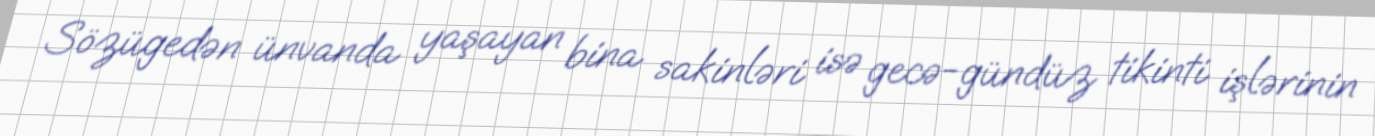
Sözügedən ünvanda yaşayan bina sakinləri isə gecə-gündüz tikinti işlərinin